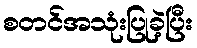
စတင်အသုံးပြုခဲ့ပြီး